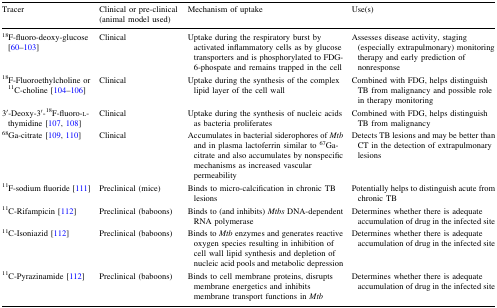
| Tracer | Clinical or pre-clinical (animal model used) | Mechanism of uptake | Use(s) |
 | --- | --- | --- | --- |
 | 18F-fluoro-deoxy-glucose [60–103] | Clinical | Uptake during the respiratory burst by activated inflammatory cells as by glucose transporters and is phosphorylated to FDG-6-phospate and remains trapped in the cell | Assesses disease activity, staging (especially extrapulmonary) monitoring therapy and early prediction of nonresponse |
 | 18F-Fluoroethylcholine or 11C-choline [104–106] | Clinical | Uptake during the synthesis of the complex lipid layer of the cell wall | Combined with FDG, helps distinguish TB from malignancy and possible role in therapy monitoring |
 | 3′-Deoxy-3′-18F-fluoro-l-thymidine [107, 108] | Clinical | Uptake during the synthesis of nucleic acids as bacteria proliferates | Combined with FDG, helps distinguish TB from malignancy |
 | 68Ga-citrate [109, 110] | Clinical | Accumulates in bacterial siderophores of Mtb and in plasma lactoferrin similar to 67Ga-citrate and also accumulates by nonspecific mechanisms as increased vascular permeability | Detects TB lesions and may be better than CT in the detection of extrapulmonary lesions |
 | 11F-sodium fluoride [111] | Preclinical (mice) | Binds to micro-calcification in chronic TB lesions | Potentially helps to distinguish acute from chronic TB |
 | 11C-Rifampicin [112] | Preclinical (baboons) | Binds to (and inhibits) Mtbs DNA-dependent RNA polymerase | Determines whether there is adequate accumulation of drug in the infected site |
 | 11C-Isoniazid [112] | Preclinical (baboons) | Binds to Mtb enzymes and generates reactive oxygen species resulting in inhibition of cell wall lipid synthesis and depletion of nucleic acid pools and metabolic depression | Determines whether there is adequate accumulation of drug in the infected site |
 | 11C-Pyrazinamide [112] | Preclinical (baboons) | Binds to cell membrane proteins, disrupts membrane energetics and inhibits membrane transport functions in Mtb | Determines whether there is adequate accumulation of drug in the infected site |